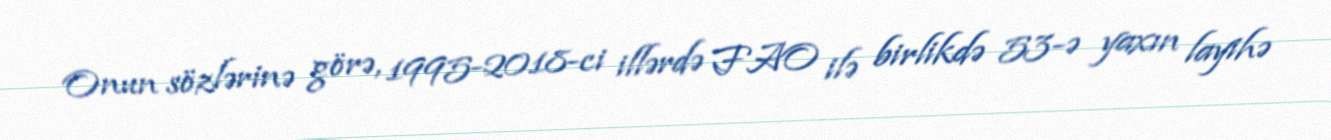
Onun sözlərinə görə, 1995-2018-ci illərdə FAO ilə birlikdə 53-ə yaxın layihə